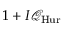
1 + I { \mathcal { Q } } _ { \mathrm { H u r } }